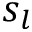
s _ { l }